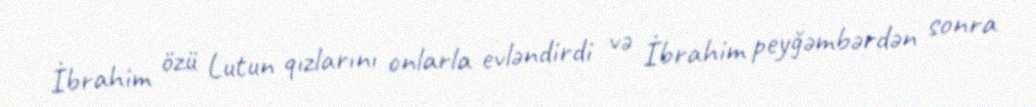
İbrahim özü Lutun qızlarını onlarla evləndirdi və İbrahim peyğəmbərdən sonra